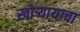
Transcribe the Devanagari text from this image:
खोऱ्यायाचा